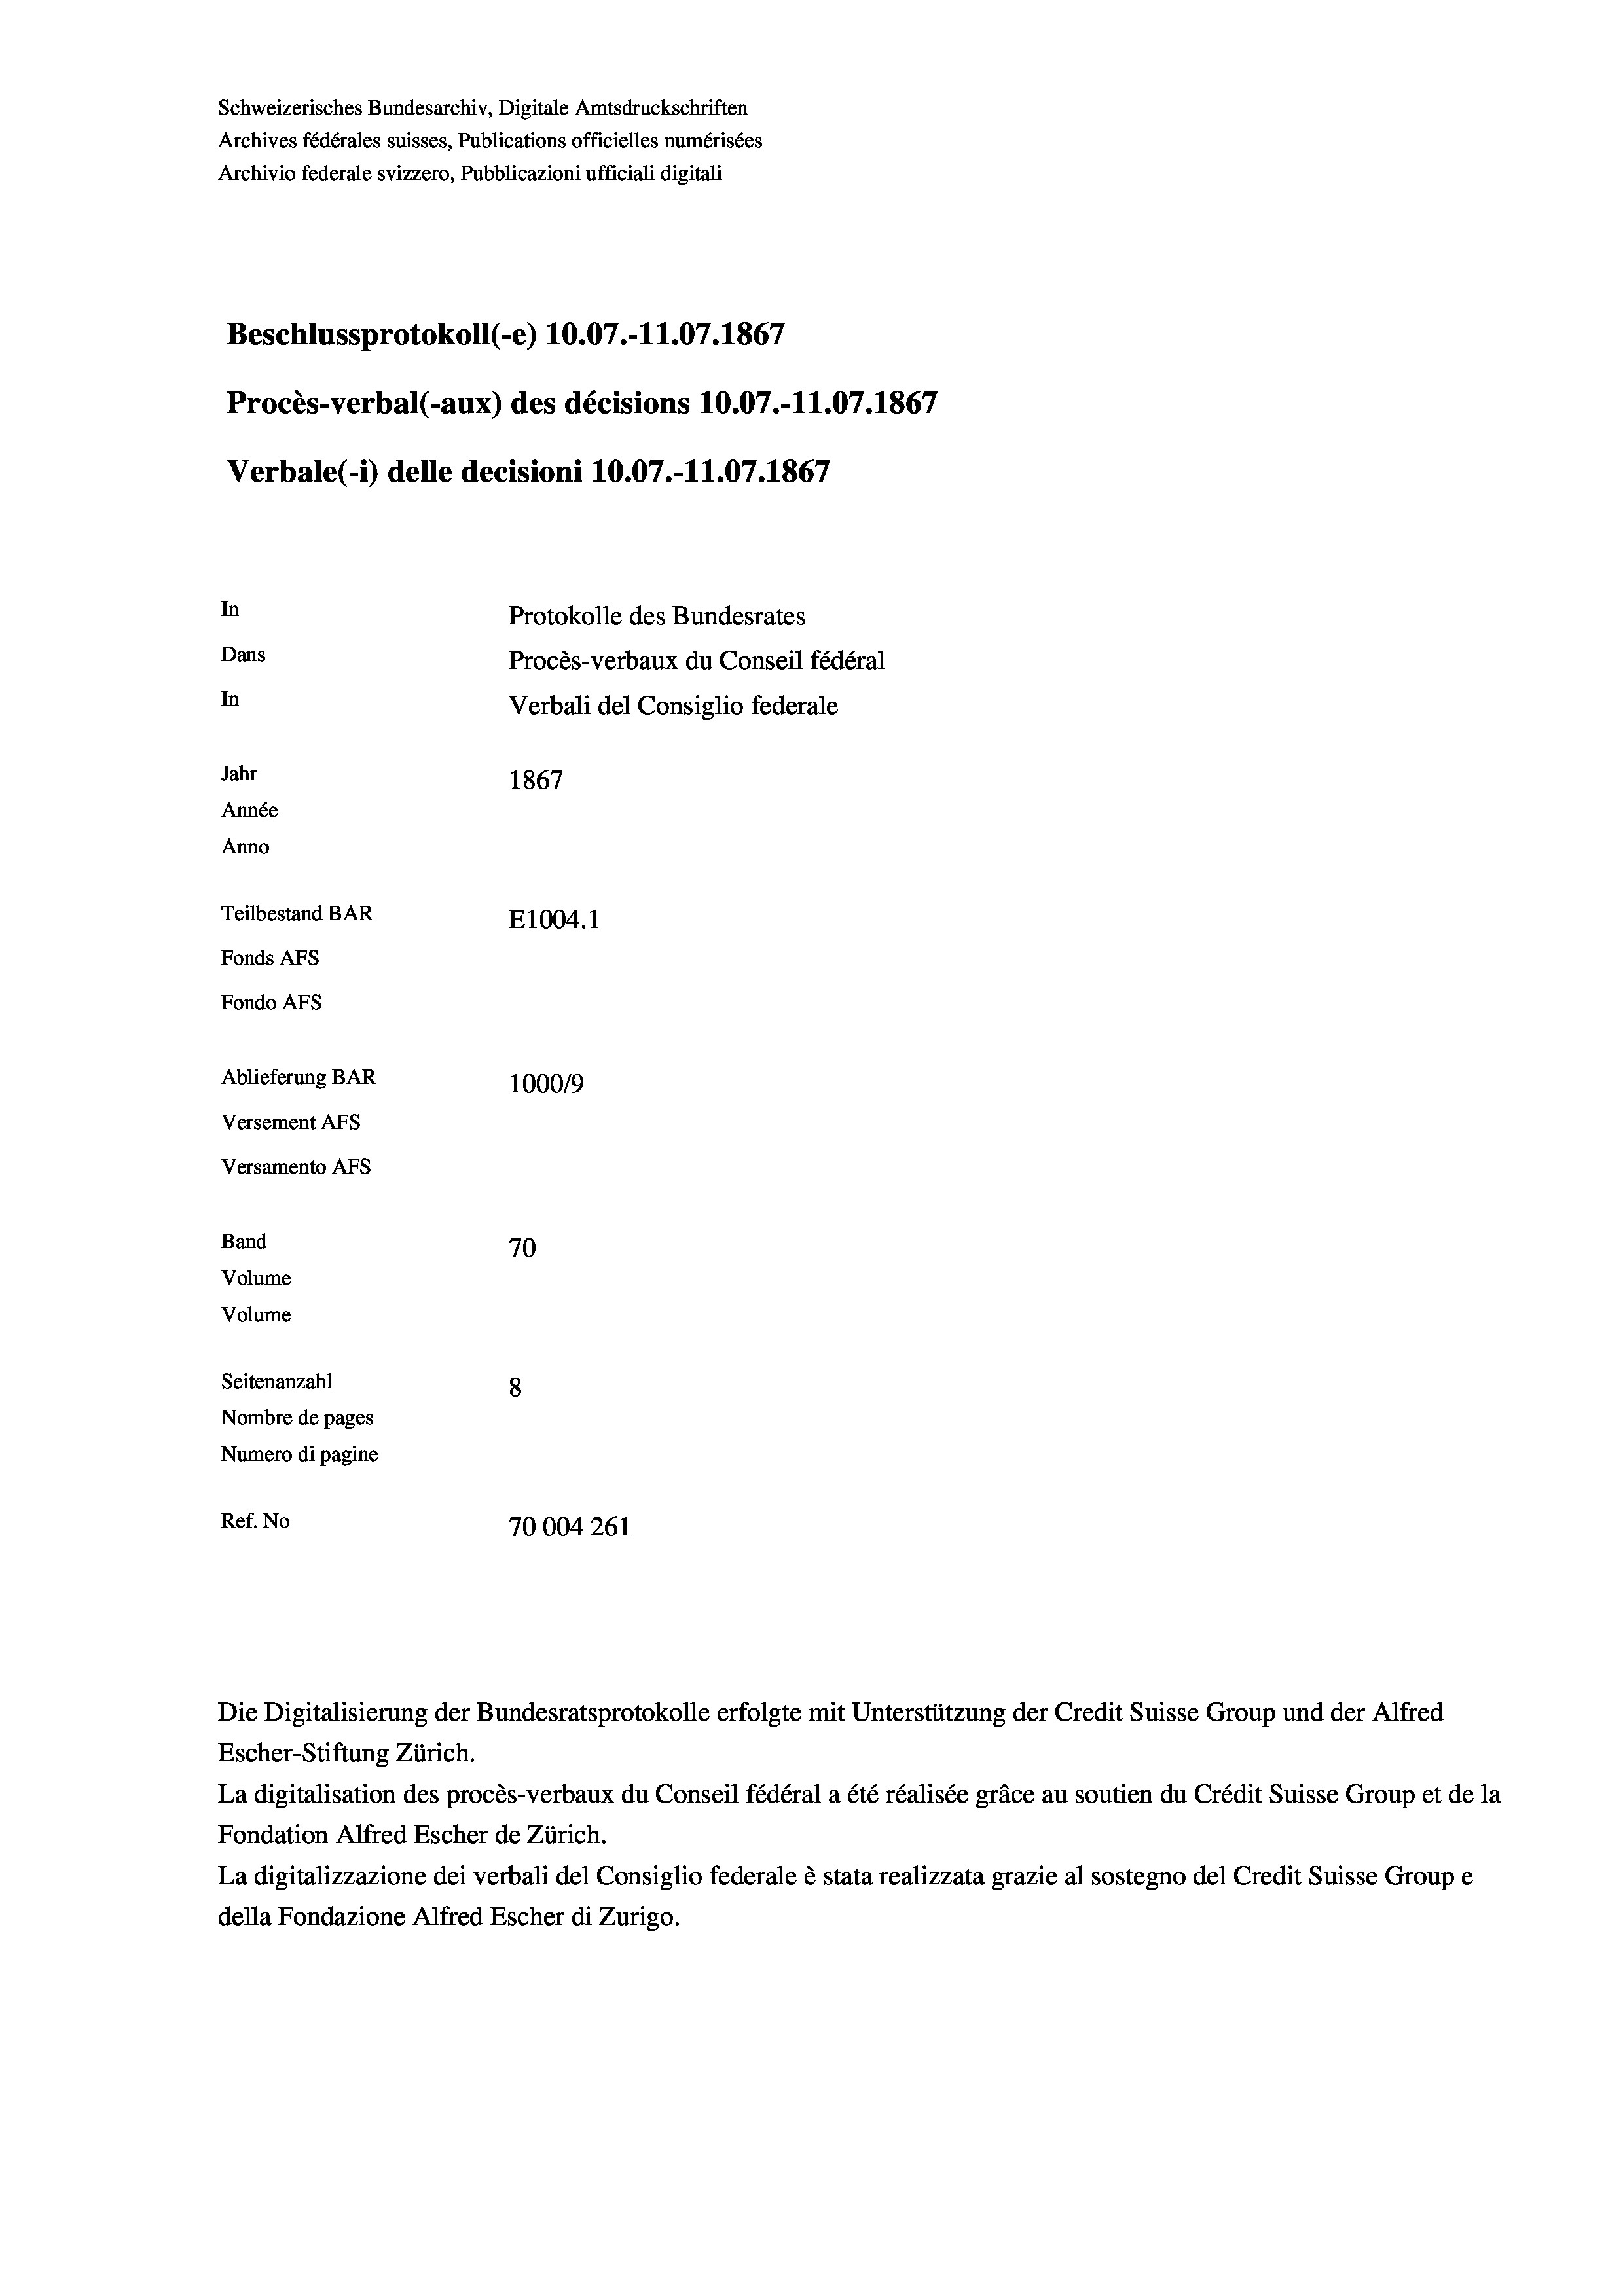
Schweizerisches Bundesarchiv, Digitale Amtsdruckschriften
Archives fédérales suisses, Publications officielles numérisées
Archivio federale svizzero, Pubblicazioni ufficiali digitali
Beschlussprotokoll (-e) 10.07.-11.07. 1867
Procès-verbal (-aux) des décisions 10.07.-11.07. 1867
Verbale(1) delle decisioni 10.07.-11.07. 1867
In
Protokolle des Bundesrates
Dans
Procès-verbaux du Conseil fédéral
In
Verbali del Consiglio federale
Jahr
1867
Année
Anno
Teilbestand BAR
E1004. 1
Fonds AFs
Fondo AFS
Ablieferung BAR
100019
Versement AFs
Versamento Afs
Band
70
Volume
Volume

Seitenanzahl
8
Nombre de pages
Numero di pagine
Ref. No
70004 261

Escher-Stiftung Zürich.
La digitalisation des procès-verbaux du Conseil fédéral a été réalisée gräce au soutien du Crédit Suisse Group et de la
Fondation Alfred Escher de Zürich.
La digitalizzazione dei verbali del Consiglio federale è stata realizzata grazie al sostegno del Credit Suisse Groupe
della Fondazione Alfred Escher di Zurigo.

Die Digitalisierung der Bundesratsprotokolle erfolgte mit Unterstützung der Credit Suisse Group und der Alfred